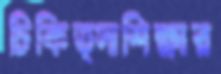
চিকিত্সাশিক্ষার